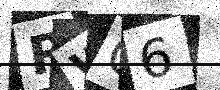
Text: RWQ6